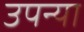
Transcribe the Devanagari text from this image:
उपन्या